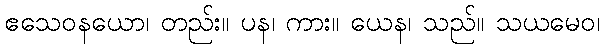
ဧသေဝနယော၊ တည်း။ ပန၊ ကား။ ယေန၊ သည်။ သယမေဝ၊